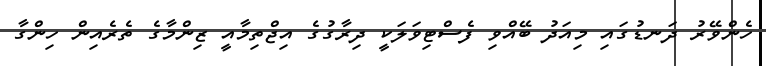
ހެންވޭރު ދަނޑުގައި މިއަދު ބޭއްވި ފެސްޓިވަލަކީ ދިރާގުގެ އިޖްތިމާއީ ޒިންމާގެ ތެރެއިން ހިންގާ